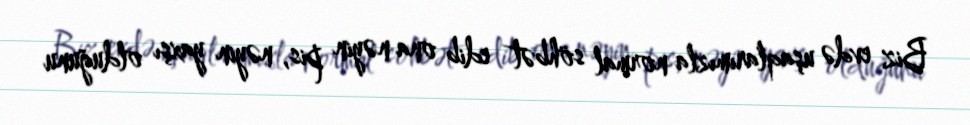
Biz evdə uşaqlarımızla normal söhbət edib ona nəyin pis, nəyin yaxşı olduğunu